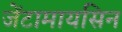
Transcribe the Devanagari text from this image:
जेंटामायसिन